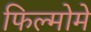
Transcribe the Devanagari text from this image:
फिल्मोमे